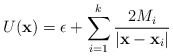
\begin{align*}U({\bf x})=\epsilon+\sum_{i=1}^{k}\frac{2M_{i}}{|{\bf x}-{\bf x}_{i}|}\end{align*}